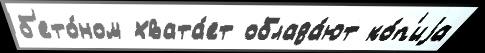
б'ето́ном хвата́ет облада́ют ко́п'иjа